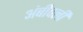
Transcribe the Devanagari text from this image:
अंबीवली